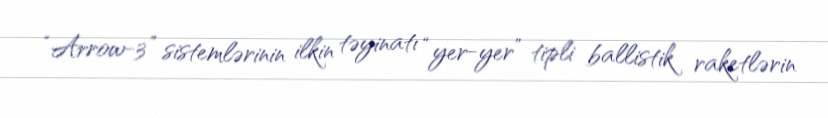
“Arrow-3” sistemlərinin ilkin təyinatı “yer-yer” tipli ballistik raketlərin